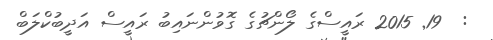
:  19